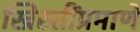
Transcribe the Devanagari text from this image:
ख्रिस्तींप्रमाणे